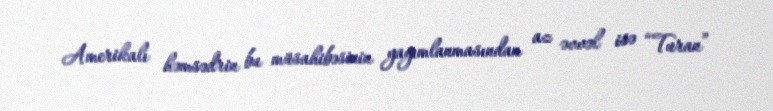
Amerikalı həmsədrin bu müsahibəsinin yayımlanmasından az əvvəl isə “Turan”